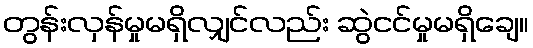
တွန်းလှန်မှုမရှိလျှင်လည်း ဆွဲငင်မှုမရှိချေ။